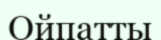
Ойпатты